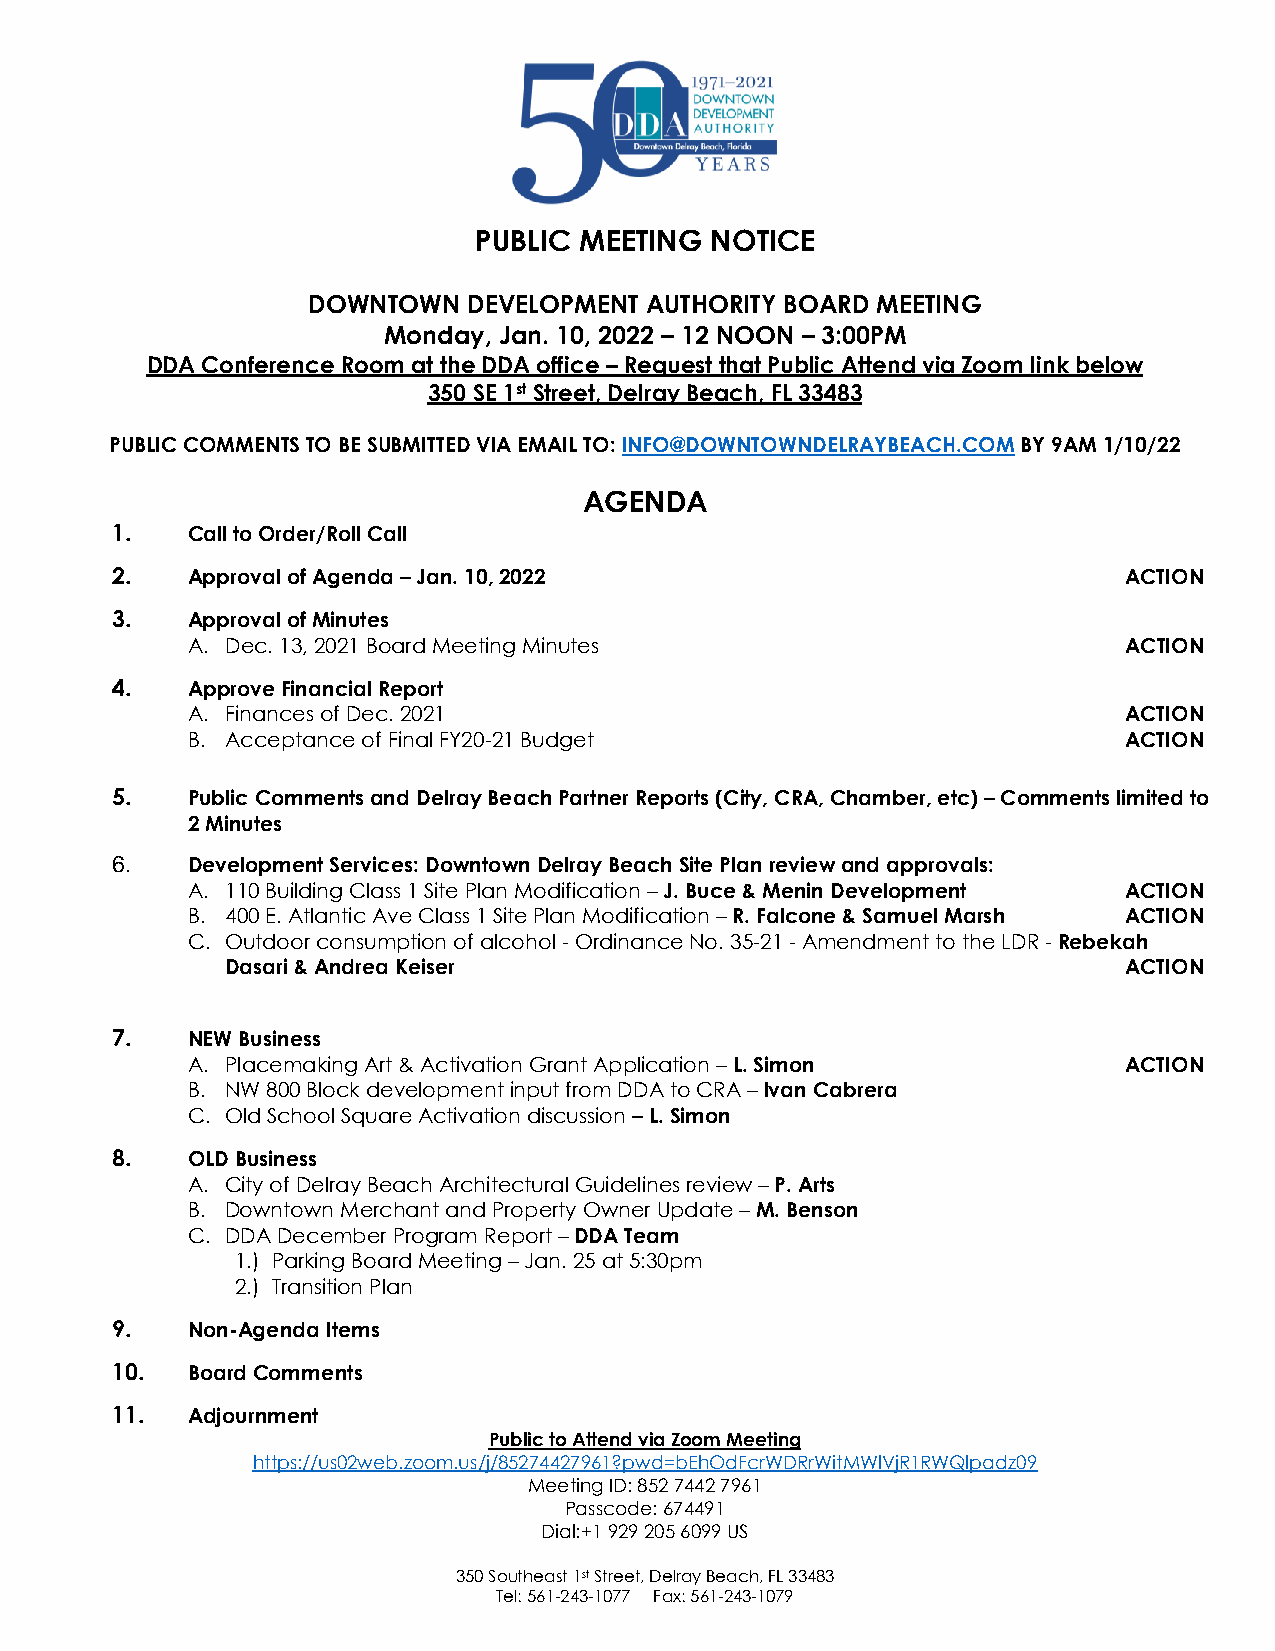
PUBLIC MEETING  NOTICE
 DOWNTOWN   DEVELOPMENT AUTHORITY BOARD MEETING
 Monday, Jan. 10, 2022 – 12 NOON – 3:00PM
 DDA Conference Room at the DDA office – Request that Public Attend via Zoom link below
 350 SE 1st Street, Delray Beach, FL 33483
 PUBLIC COMMENTS TO BE SUBMITTED VIA EMAIL TO: INFO@DOWNTOWNDELRAYBEACH.COM BY 9AM 1/10/22
 AGENDA
 1.   Call to Order/Roll Call
 2.   Approval of Agenda – Jan. 10, 2022                            ACTION
 3.   Approval of Minutes
 A. Dec. 13, 2021 Board Meeting Minutes                        ACTION
 4.   Approve Financial Report
 A. Finances of Dec. 2021                                      ACTION
 B. Acceptance of Final FY20-21 Budget                         ACTION
 5.   Public Comments and Delray Beach Partner Reports (City, CRA, Chamber, etc) – Comments limited to
 2 Minutes
 6.   Development Services: Downtown Delray Beach Site Plan review and approvals:
 A. 110 Building Class 1 Site Plan Modification – J. Buce & Menin Development ACTION
 B. 400 E. Atlantic Ave Class 1 Site Plan Modification – R. Falcone & Samuel Marsh ACTION
 C. Outdoor consumption of alcohol - Ordinance No. 35-21 - Amendment to the LDR - Rebekah
 Dasari & Andrea Keiser                                     ACTION
 7.   NEW Business
 A. Placemaking Art & Activation Grant Application – L. Simon  ACTION
 B. NW 800 Block development input from DDA to CRA – Ivan Cabrera
 C. Old School Square Activation discussion – L. Simon
 8.   OLD Business
 A. City of Delray Beach Architectural Guidelines review – P. Arts
 B. Downtown Merchant and Property Owner Update – M. Benson
 C. DDA December Program Report – DDA Team
 1.) Parking Board Meeting – Jan. 25 at 5:30pm
 2.) Transition Plan
 9.   Non-Agenda Items
 10.  Board Comments
 11.  Adjournment
 Public to Attend via Zoom Meeting
 https://us02web.zoom.us/j/85274427961?pwd=bEhOdFcrWDRrWitMWlVjR1RWQlpadz09
 Meeting ID: 852 7442 7961
 Passcode: 674491
 Dial:+1 929 205 6099 US
 350 Southeast 1st Street, Delray Beach, FL 33483
 Tel: 561-243-1077 Fax: 561-243-1079